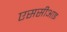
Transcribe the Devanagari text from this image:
एससीआइ